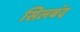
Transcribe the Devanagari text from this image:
सिलबंद